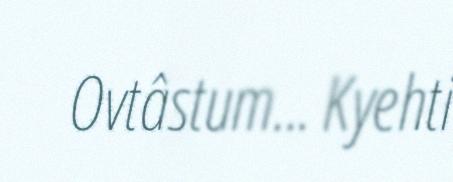
Ovtâstum... Kyehti